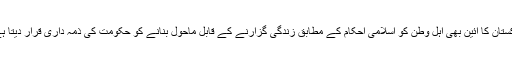
پاکستان کا آئین بھی اہل وطن کو اسلامی احکام کے مطابق زندگی گزارنے کے قابل ماحول بنانے کو حکومت کی ذمہ داری قرار دیتا ہے۔